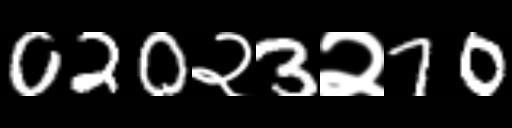
Text: 020२3२70